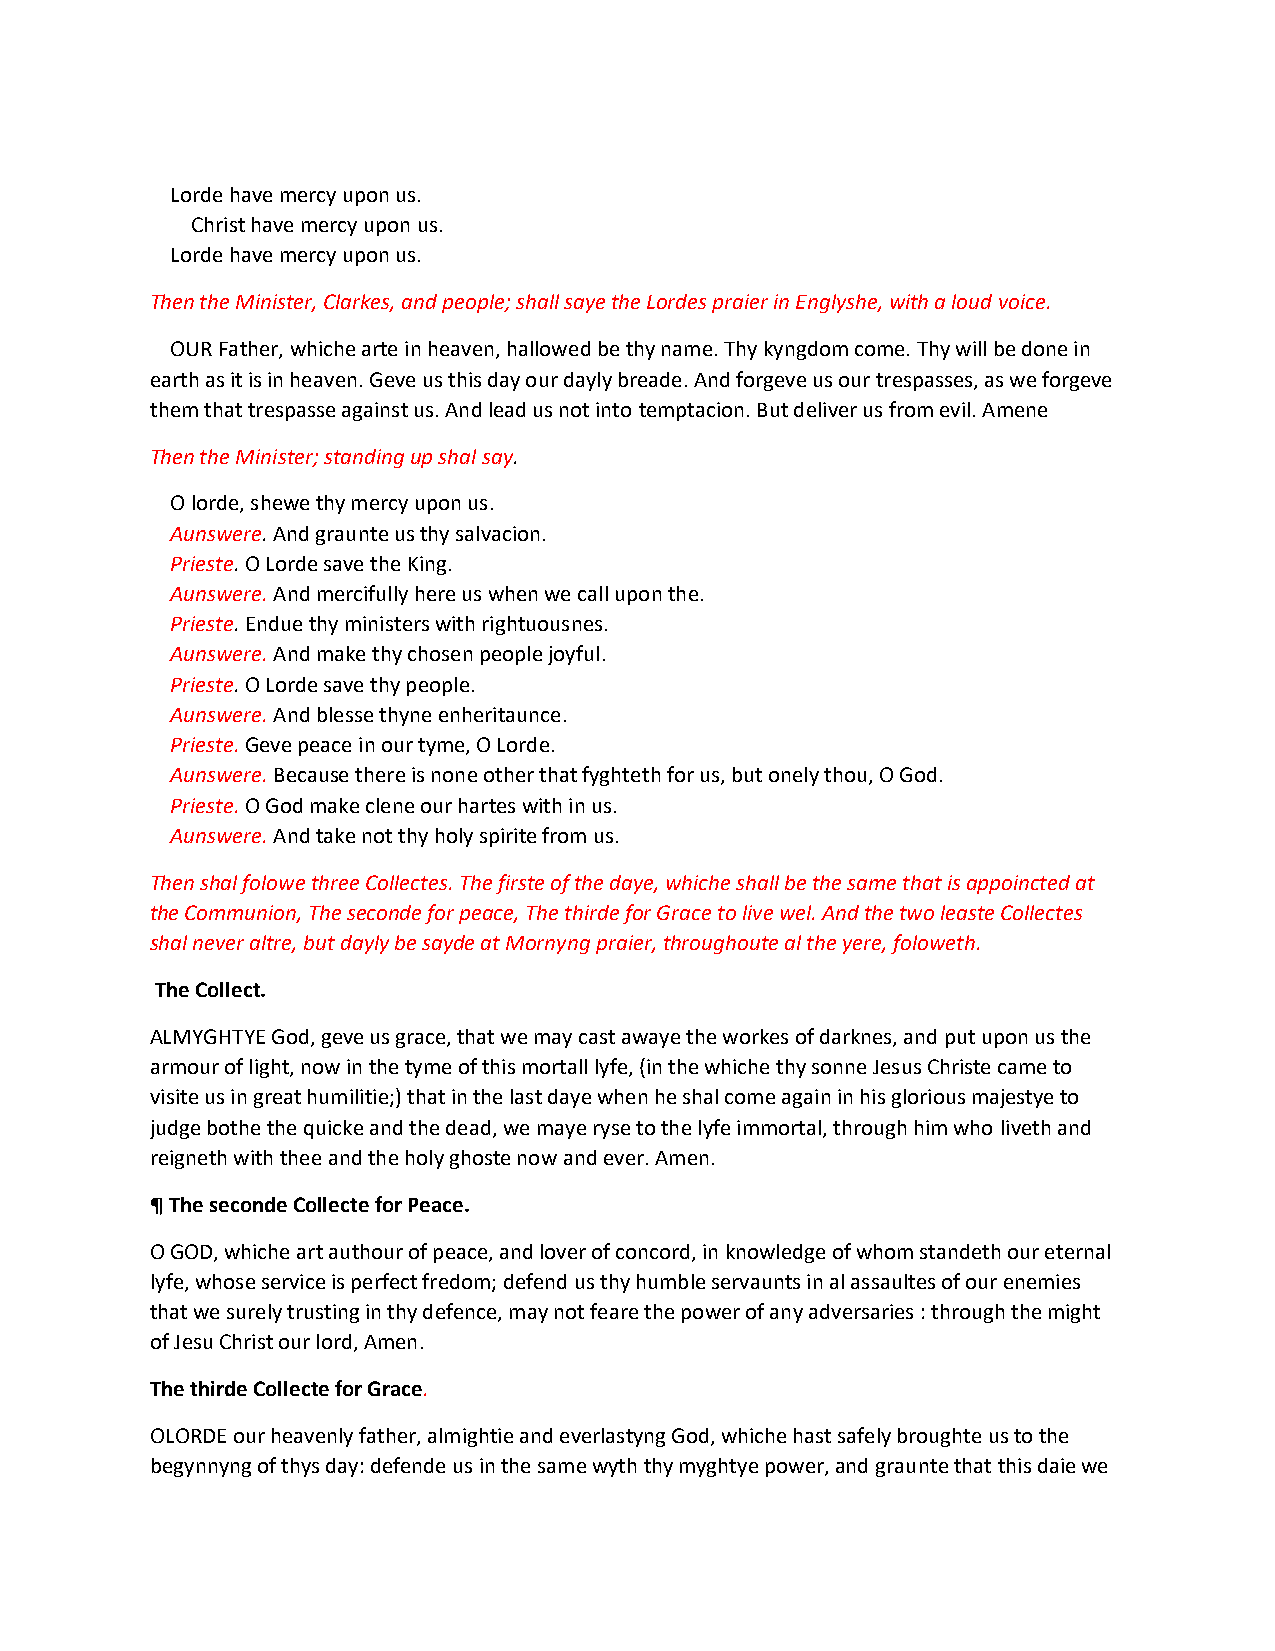
Lorde have mercy upon us.
 Christ have mercy upon us.
 Lorde have mercy upon us.
 Then the Minister, Clarkes, and people; shall saye the Lordes praier in Englyshe, with a loud voice.
 OUR Father, whiche arte in heaven, hallowed be thy name. Thy kyngdom come. Thy will be done in
 earth as it is in heaven. Geve us this day our dayly breade. And forgeve us our trespasses, as we forgeve
 them that trespasse against us. And lead us not into temptacion. But deliver us from evil. Amene
 Then the Minister; standing up shal say.
 O lorde, shewe thy mercy upon us.
 Aunswere. And graunte us thy salvacion.
 Prieste. O Lorde save the King.
 Aunswere. And mercifully here us when we call upon the.
 Prieste. Endue thy ministers with rightuousnes.
 Aunswere. And make thy chosen people joyful.
 Prieste. O Lorde save thy people.
 Aunswere. And blesse thyne enheritaunce.
 Prieste. Geve peace in our tyme, O Lorde.
 Aunswere. Because there is none other that fyghteth for us, but onely thou, O God.
 Prieste. O God make clene our hartes with in us.
 Aunswere. And take not thy holy spirite from us.
 Then shal folowe three Collectes. The firste of the daye, whiche shall be the same that is appoincted at
 the Communion, The seconde for peace, The thirde for Grace to live wel. And the two leaste Collectes
 shal never altre, but dayly be sayde at Mornyng praier, throughoute al the yere, foloweth.
 The Collect.
 ALMYGHTYE God, geve us grace, that we may cast awaye the workes of darknes, and put upon us the
 armour of light, now in the tyme of this mortall lyfe, (in the whiche thy sonne Jesus Christe came to
 visite us in great humilitie;) that in the last daye when he shal come again in his glorious majestye to
 judge bothe the quicke and the dead, we maye ryse to the lyfe immortal, through him who liveth and
 reigneth with thee and the holy ghoste now and ever. Amen.
 ¶ The seconde Collecte for Peace.
 O GOD, whiche art authour of peace, and lover of concord, in knowledge of whom standeth our eternal
 lyfe, whose service is perfect fredom; defend us thy humble servaunts in al assaultes of our enemies
 that we surely trusting in thy defence, may not feare the power of any adversaries : through the might
 of Jesu Christ our lord, Amen.
 The thirde Collecte for Grace.
 OLORDE our heavenly father, almightie and everlastyng God, whiche hast safely broughte us to the
 begynnyng of thys day: defende us in the same wyth thy myghtye power, and graunte that this daie we